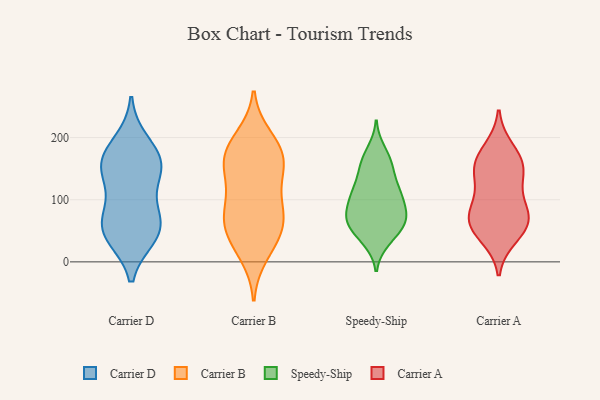
{"axis": {"x": "Customer Acquisition Cost (USD)", "y": "Value"}, "legend": ["Carrier A", "Carrier B", "Carrier D", "Speedy-Ship"], "data": [{"x": "", "y": 87, "type": "Carrier D"}, {"x": "", "y": 165, "type": "Carrier D"}, {"x": "", "y": 41, "type": "Carrier D"}, {"x": "", "y": 141, "type": "Carrier D"}, {"x": "", "y": 78, "type": "Carrier D"}, {"x": "", "y": 149, "type": "Carrier D"}, {"x": "", "y": 52, "type": "Carrier D"}, {"x": "", "y": 193, "type": "Carrier D"}, {"x": "", "y": 46, "type": "Carrier D"}, {"x": "", "y": 49, "type": "Carrier D"}, {"x": "", "y": 151, "type": "Carrier D"}, {"x": "", "y": 167, "type": "Carrier D"}, {"x": "", "y": 121, "type": "Carrier B"}, {"x": "", "y": 94, "type": "Carrier B"}, {"x": "", "y": 183, "type": "Carrier B"}, {"x": "", "y": 31, "type": "Carrier B"}, {"x": "", "y": 80, "type": "Carrier B"}, {"x": "", "y": 63, "type": "Carrier B"}, {"x": "", "y": 184, "type": "Carrier B"}, {"x": "", "y": 70, "type": "Carrier B"}, {"x": "", "y": 147, "type": "Carrier B"}, {"x": "", "y": 41, "type": "Carrier B"}, {"x": "", "y": 66, "type": "Carrier B"}, {"x": "", "y": 154, "type": "Carrier B"}, {"x": "", "y": 156, "type": "Carrier B"}, {"x": "", "y": 170, "type": "Carrier B"}, {"x": "", "y": 200, "type": "Carrier B"}, {"x": "", "y": 12, "type": "Carrier B"}, {"x": "", "y": 53, "type": "Speedy-Ship"}, {"x": "", "y": 180, "type": "Speedy-Ship"}, {"x": "", "y": 107, "type": "Speedy-Ship"}, {"x": "", "y": 68, "type": "Speedy-Ship"}, {"x": "", "y": 122, "type": "Speedy-Ship"}, {"x": "", "y": 33, "type": "Speedy-Ship"}, {"x": "", "y": 98, "type": "Speedy-Ship"}, {"x": "", "y": 159, "type": "Speedy-Ship"}, {"x": "", "y": 90, "type": "Speedy-Ship"}, {"x": "", "y": 119, "type": "Speedy-Ship"}, {"x": "", "y": 159, "type": "Speedy-Ship"}, {"x": "", "y": 72, "type": "Speedy-Ship"}, {"x": "", "y": 148, "type": "Speedy-Ship"}, {"x": "", "y": 109, "type": "Speedy-Ship"}, {"x": "", "y": 38, "type": "Speedy-Ship"}, {"x": "", "y": 63, "type": "Speedy-Ship"}, {"x": "", "y": 68, "type": "Speedy-Ship"}, {"x": "", "y": 70, "type": "Speedy-Ship"}, {"x": "", "y": 181, "type": "Carrier A"}, {"x": "", "y": 85, "type": "Carrier A"}, {"x": "", "y": 63, "type": "Carrier A"}, {"x": "", "y": 153, "type": "Carrier A"}, {"x": "", "y": 57, "type": "Carrier A"}, {"x": "", "y": 148, "type": "Carrier A"}, {"x": "", "y": 73, "type": "Carrier A"}, {"x": "", "y": 141, "type": "Carrier A"}, {"x": "", "y": 104, "type": "Carrier A"}, {"x": "", "y": 63, "type": "Carrier A"}, {"x": "", "y": 41, "type": "Carrier A"}, {"x": "", "y": 163, "type": "Carrier A"}]}